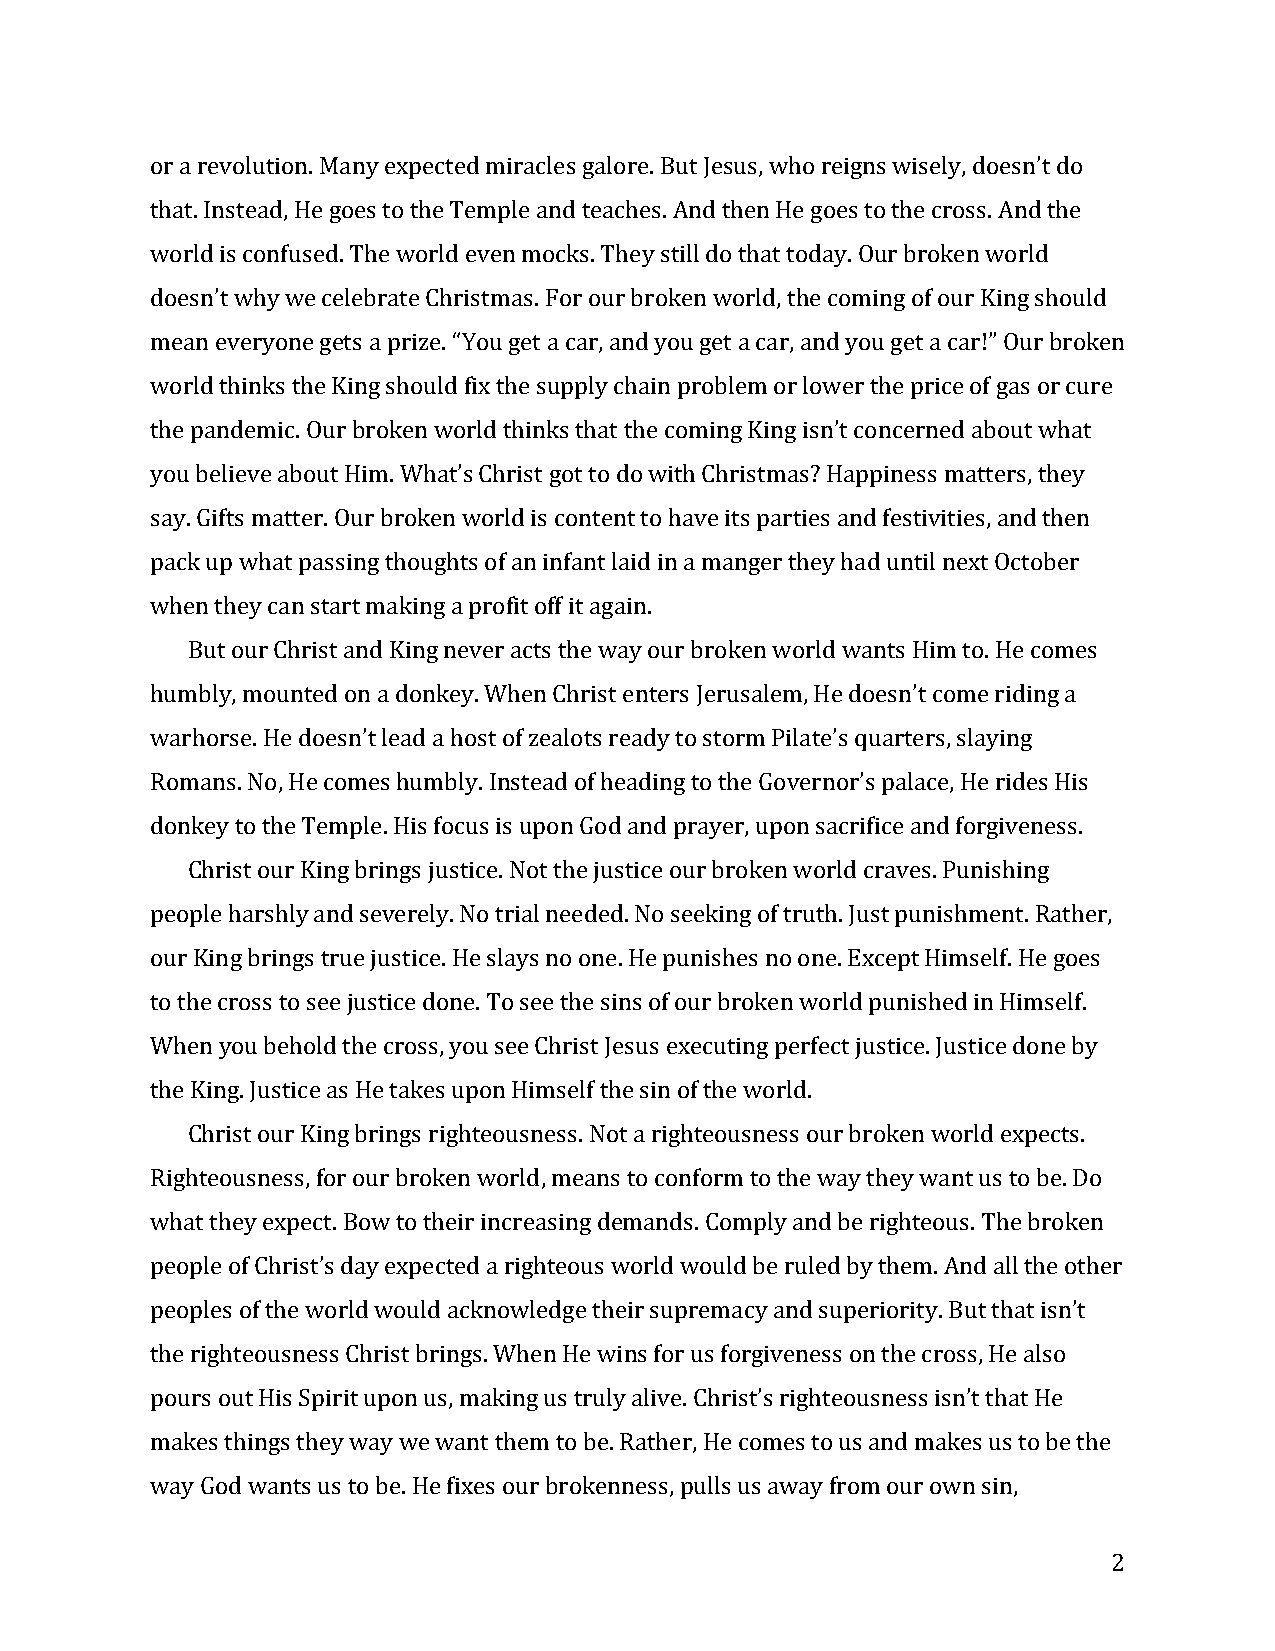
or a revolution. Many expected miracles galore. But Jesus, who reigns wisely, doesn’t do
 that. Instead, He goes to the Temple and teaches. And then He goes to the cross. And the
 world is confused. The world even mocks. They still do that today. Our broken world
 doesn’t why we celebrate Christmas. For our broken world, the coming of our King should
 mean everyone gets a prize. “You get a car, and you get a car, and you get a car!” Our broken
 world thinks the King should fix the supply chain problem or lower the price of gas or cure
 the pandemic. Our broken world thinks that the coming King isn’t concerned about what
 you believe about Him. What’s Christ got to do with Christmas? Happiness matters, they
 say. Gifts matter. Our broken world is content to have its parties and festivities, and then
 pack up what passing thoughts of an infant laid in a manger they had until next October
 when they can start making a profit off it again.
 But our Christ and King never acts the way our broken world wants Him to. He comes
 humbly, mounted on a donkey. When Christ enters Jerusalem, He doesn’t come riding a
 warhorse. He doesn’t lead a host of zealots ready to storm Pilate’s quarters, slaying
 Romans. No, He comes humbly. Instead of heading to the Governor’s palace, He rides His
 donkey to the Temple. His focus is upon God and prayer, upon sacrifice and forgiveness.
 Christ our King brings justice. Not the justice our broken world craves. Punishing
 people harshly and severely. No trial needed. No seeking of truth. Just punishment. Rather,
 our King brings true justice. He slays no one. He punishes no one. Except Himself. He goes
 to the cross to see justice done. To see the sins of our broken world punished in Himself.
 When you behold the cross, you see Christ Jesus executing perfect justice. Justice done by
 the King. Justice as He takes upon Himself the sin of the world.
 Christ our King brings righteousness. Not a righteousness our broken world expects.
 Righteousness, for our broken world, means to conform to the way they want us to be. Do
 what they expect. Bow to their increasing demands. Comply and be righteous. The broken
 people of Christ’s day expected a righteous world would be ruled by them. And all the other
 peoples of the world would acknowledge their supremacy and superiority. But that isn’t
 the righteousness Christ brings. When He wins for us forgiveness on the cross, He also
 pours out His Spirit upon us, making us truly alive. Christ’s righteousness isn’t that He
 makes things they way we want them to be. Rather, He comes to us and makes us to be the
 way God wants us to be. He fixes our brokenness, pulls us away from our own sin,
 2